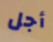
أجل